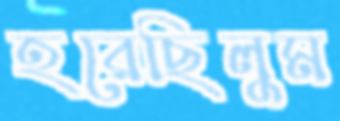
হরেছিলুম